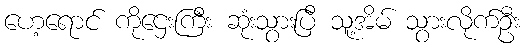
ဟေ့ရောင် ကိုဌေးကြီး ဆုံးသွားပြီ သူ့အိမ် သွားလိုက်ဦး